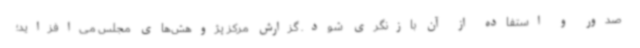
صدور و استفاده از آن بازنگری شود. گزارش مرکز پژوهش‌های مجلس می‌افزاید؛